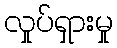
လှုပ်ရှားမှု